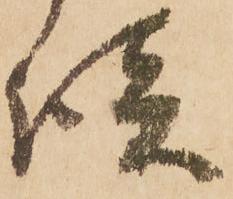
談